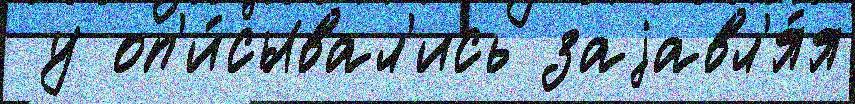
 у оп'и́сывал'ись заjавл'я́я